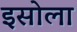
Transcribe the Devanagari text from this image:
इसोला